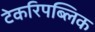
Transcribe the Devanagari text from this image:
टेकरिपब्लिक